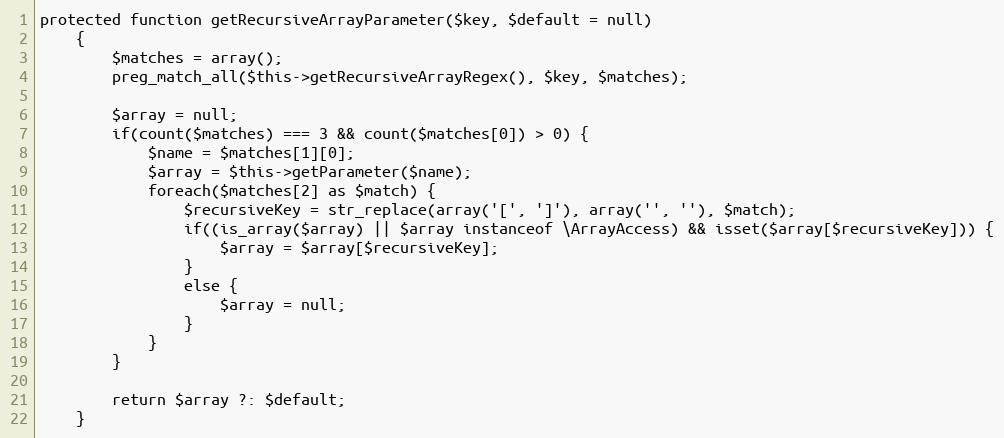
Language: PHP
protected function getRecursiveArrayParameter($key, $default = null)
    {
        $matches = array();
        preg_match_all($this->getRecursiveArrayRegex(), $key, $matches);

        $array = null;
        if(count($matches) === 3 && count($matches[0]) > 0) {
            $name = $matches[1][0];
            $array = $this->getParameter($name);
            foreach($matches[2] as $match) {
                $recursiveKey = str_replace(array('[', ']'), array('', ''), $match);
                if((is_array($array) || $array instanceof \ArrayAccess) && isset($array[$recursiveKey])) {
                    $array = $array[$recursiveKey];
                }
                else {
                    $array = null;
                }
            }
        }

        return $array ?: $default;
    }